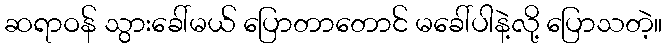
ဆရာဝန် သွားခေါ်မယ် ပြောတာတောင် မခေါ်ပါနဲ့လို့ ပြောသတဲ့။